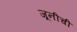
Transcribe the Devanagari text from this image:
जूनीची